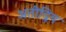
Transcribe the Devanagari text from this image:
अतीद्रिय